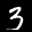
Label: 3